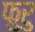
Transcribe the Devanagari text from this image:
फुरु